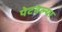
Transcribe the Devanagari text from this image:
पेटवल्या